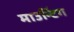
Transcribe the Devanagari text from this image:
माउन्टिंग